Annual report on the lock hospitals of the Madras Presidency
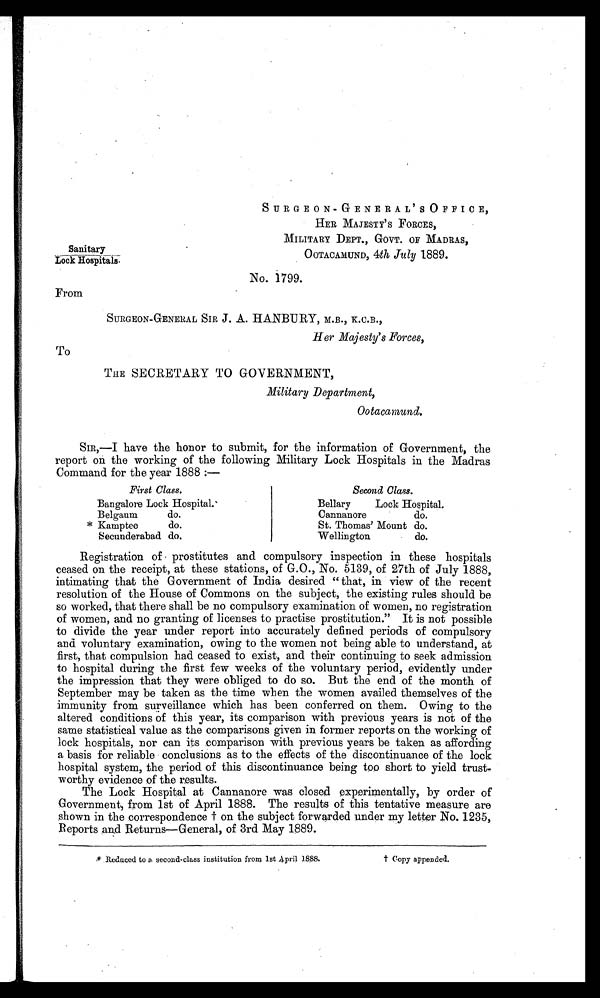
Sanitary
L o c k H o s p i t a l s .
SURGEON-GENERAL'S OFFICE,
HER MAJESTY'S FORCES,
MILITARY DEPT., GOVT. OF MADRAS,
OOTACAMUND,4 t h J u l y
1 8 8 9 .
No. 1799.
From
SURGEON-GENERAL SIR J . A. HANBURY, M.B., K.C.B.,
Her Majesty's Forces,
To
THE SECRETARY TO GOVERNMENT,
Military Department,
Ootacamund.
SIR,—I have the honor to submit, for the information of Government, the
report on the working of the following Military Lock Hospitals in the Madras
Command for the year 1888 :—
First Class.
Second Class.
Bangalore Lock Hospital.
Bellary Lock Hospital.
Belgaum
do.
Cannanore
do.
* Kamptee
do.
St. Thomas' Mount do.
Secunderabad do.
Wellington
do.
Registration of prostitutes and compulsory inspection in these hospitals
ceased on the receipt, at these stations, of G.O., No. 5139, of 27th of July 1888,
intimating that the Government of India desired " that, in view of the recent
resolution of the House of Commons on the subject, the existing rules should be
so worked, that there shall be no compulsory examination of women, no registration
of women, and no granting of licenses to practise prostitution." It is not possible
to divide the year under report into accurately defined periods of compulsory
and voluntary examination, owing to the women not being able to understand, at
first, that compulsion had ceased to exist, and their continuing to seek admission
to hospital during the first few weeks of the voluntary period, evidently under
the impression that they were obliged to do so. But the end of the month of
September may be taken as the time when. the women availed themselves of the
immunity from surveillance which has been conferred on them. Owing to the
altered conditions of this year, its comparison with previous years is not of the
same statistical -value as the comparisons given in former reports on the working of
lock hospitals, nor can its comparison with previous years be taken as affording
a basis for reliable conclusions as to the effects of the discontinuance of the lock
hospital system, the period of this discontinuance being too short to yield trust-
worthy evidence of the results.
The Lock Hospital at Cannanore was closed experimentally, by order of
Government, from 1st of April 1888. The results of this tentative measure are
shown in the correspondence † on the subject forwarded under my letter No. 1235,
R e p o r t s a n d R e t u r n s — G e n e r a l , o f 3 r d M a y 1 8 8 9 .
* Reduced to a second-class institution from 1st April 1888.
† Copy appended.